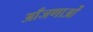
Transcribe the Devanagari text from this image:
आँजणाओं